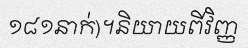
១៨១នាក់)។និយាយពីវិញ្ញ